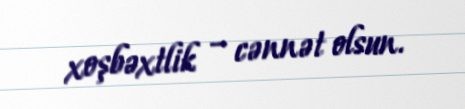
xoşbəxtlik – cənnət olsun.